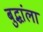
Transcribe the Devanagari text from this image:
बुद्धांला